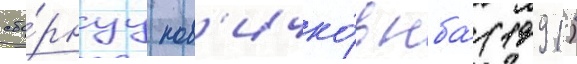
сбо́рнуу нов'ичко́в нба́ (1991)